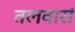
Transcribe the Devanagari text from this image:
तलवारां